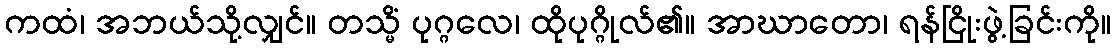
ကထံ၊ အဘယ်သို့လျှင်။ တသ္မိံ ပုဂ္ဂလေ၊ ထိုပုဂ္ဂိုလ်၏။ အာဃာတော၊ ရန်ငြိုးဖွဲ့ခြင်းကို။